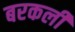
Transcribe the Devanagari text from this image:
बरकली